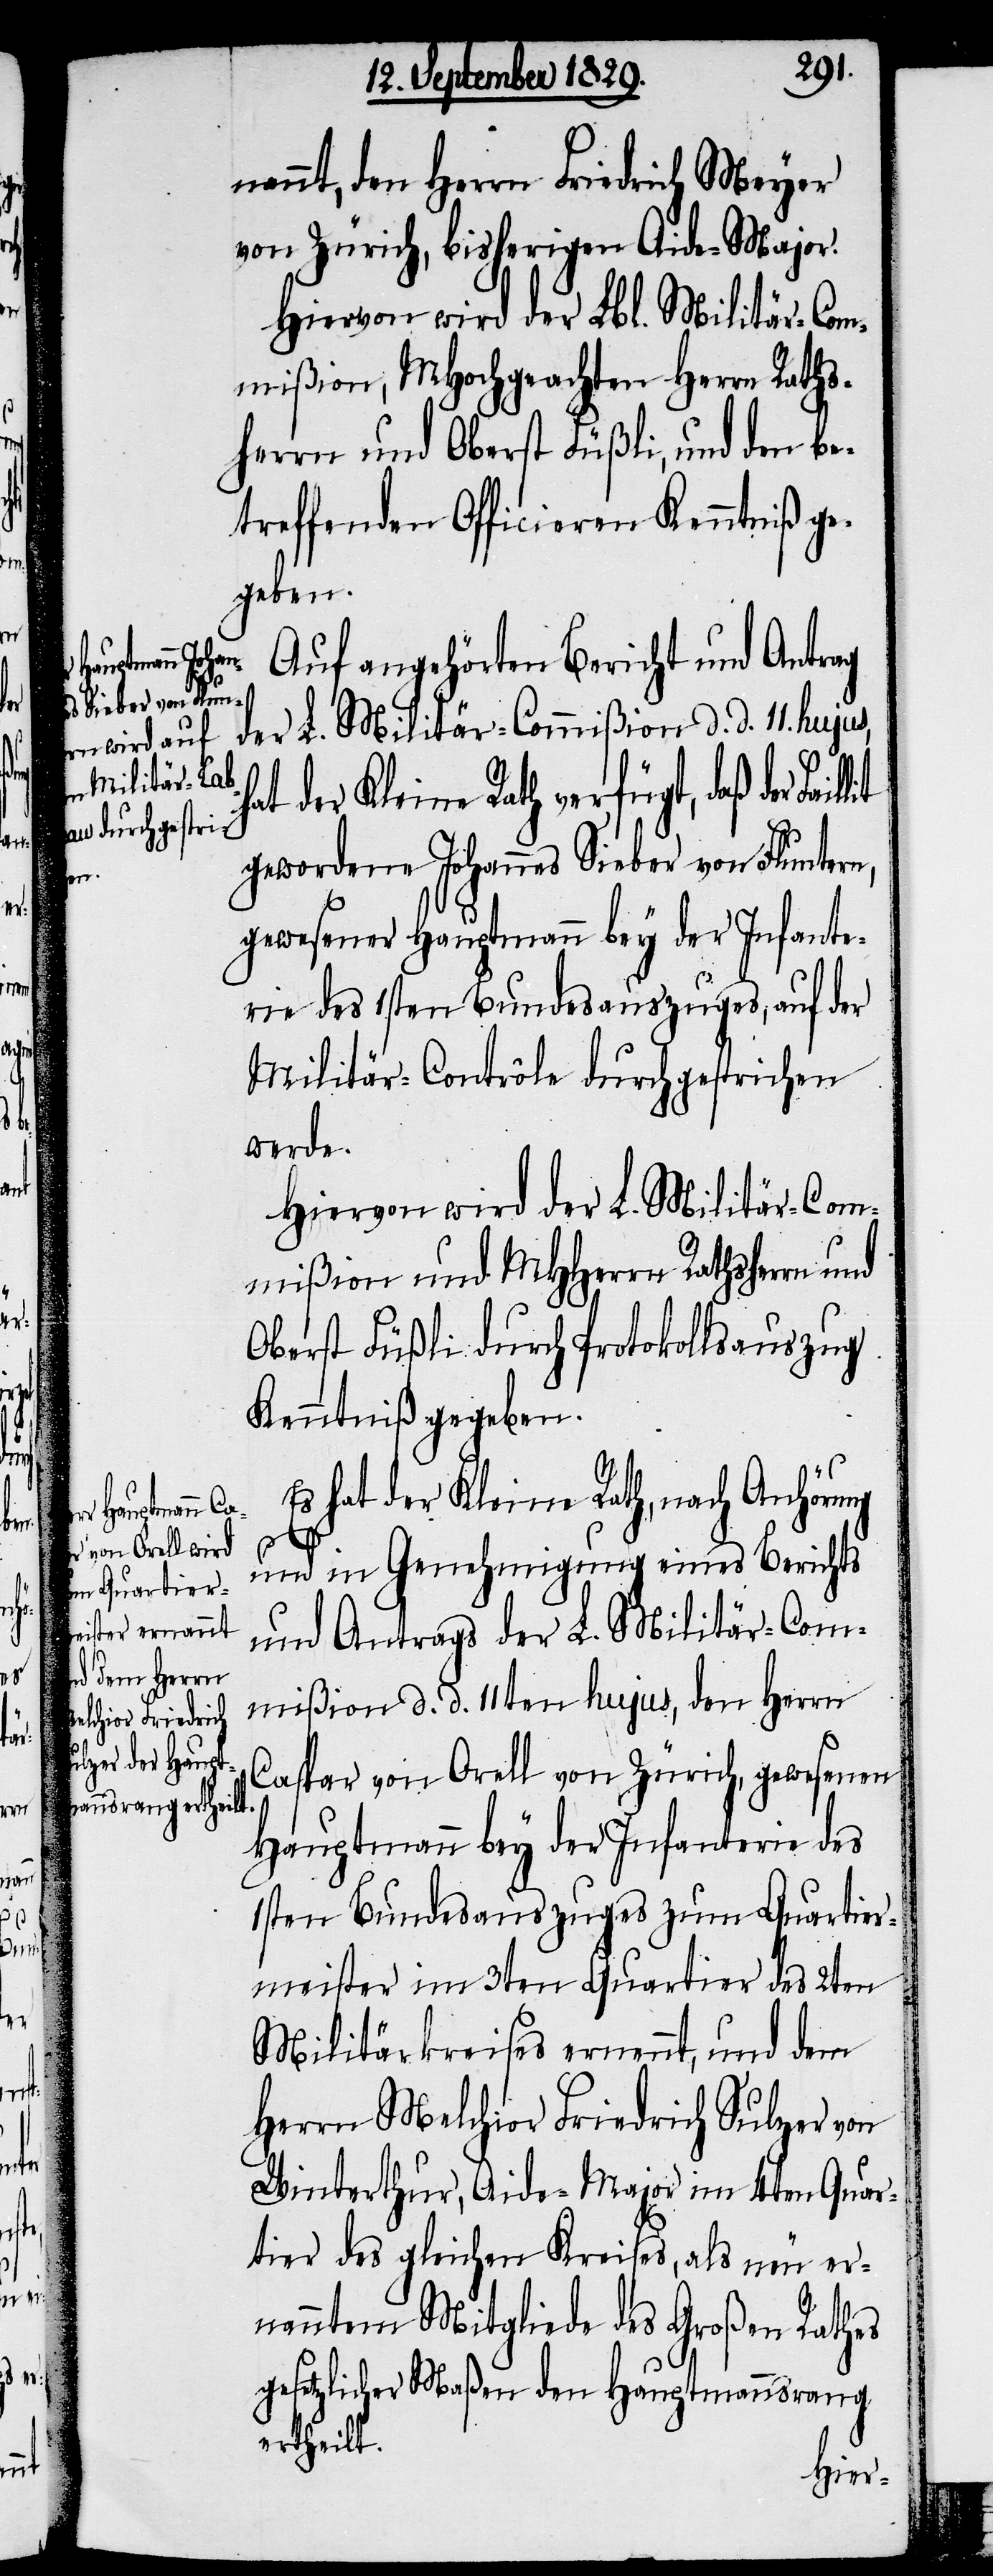
ha¬
lit

nannt, den Herrn Friedrich Meyer
von Zürich, bisherigen Aide-Major.
Hiervon wird der Lbl. Militär-Com¬
mißion, MHochgeachten Herrn Raths¬
herrn und Oberst Füßli, und den be¬
treffenden Officieren Kenntniß ge¬
geben.
Auf angehörten Bericht und Antrag
der L. Militär-Commißion d. d. 11ten
t der Kleine Rath verfügt, daß der Fail¬
gewordene Johannes Sieber von Fluntern,
gewesener Hauptmann bey der Infante¬
rie des 1sten Bundesauszuges, auf der
Militär-Contrôle durchgestrichen
werde.
Hiervon wird der L. Militär-Com¬
mißion und MHHerrn Rathsherrn und
Oberst Füßli durch Protokollsauszug
Kenntniß gegeben.
Es hat der Kleine Rath, nach Anhörung
und in Genehmigung eines Berichts
und Antrags der L. Militär-Com¬
mißion d. d. 11ten hujus, den Herrn
Caspar von Orell von Zürich, gewesenen
Hauptmann bey der Infanterie des
1sten Bundesauszuges zum Quartier¬
meister im 3ten Quartier des 2ten
Militärkreises ernennt, und dem
Herrn Melchior Friedrich Sulzer von
Winterthur, Aide-Major im 4ten Quar¬
tier des gleichen Kreises, als neu er¬
nannten Mitgliede des Großen Rathes
gesetzlicher Maßen den Hauptmannsrang
ertheilt.